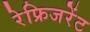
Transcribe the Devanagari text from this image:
रेफ्रिजरेंट